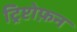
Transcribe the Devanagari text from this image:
ट्रिप्टोफ़न